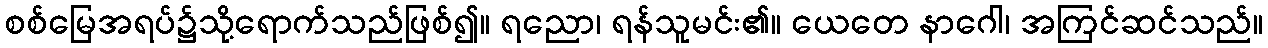
စစ်မြေအရပ်၌သို့ရောက်သည်ဖြစ်၍။ ရညော၊ ရန်သူမင်း၏။ ယေတေ နာဂေါ၊ အကြင်ဆင်သည်။